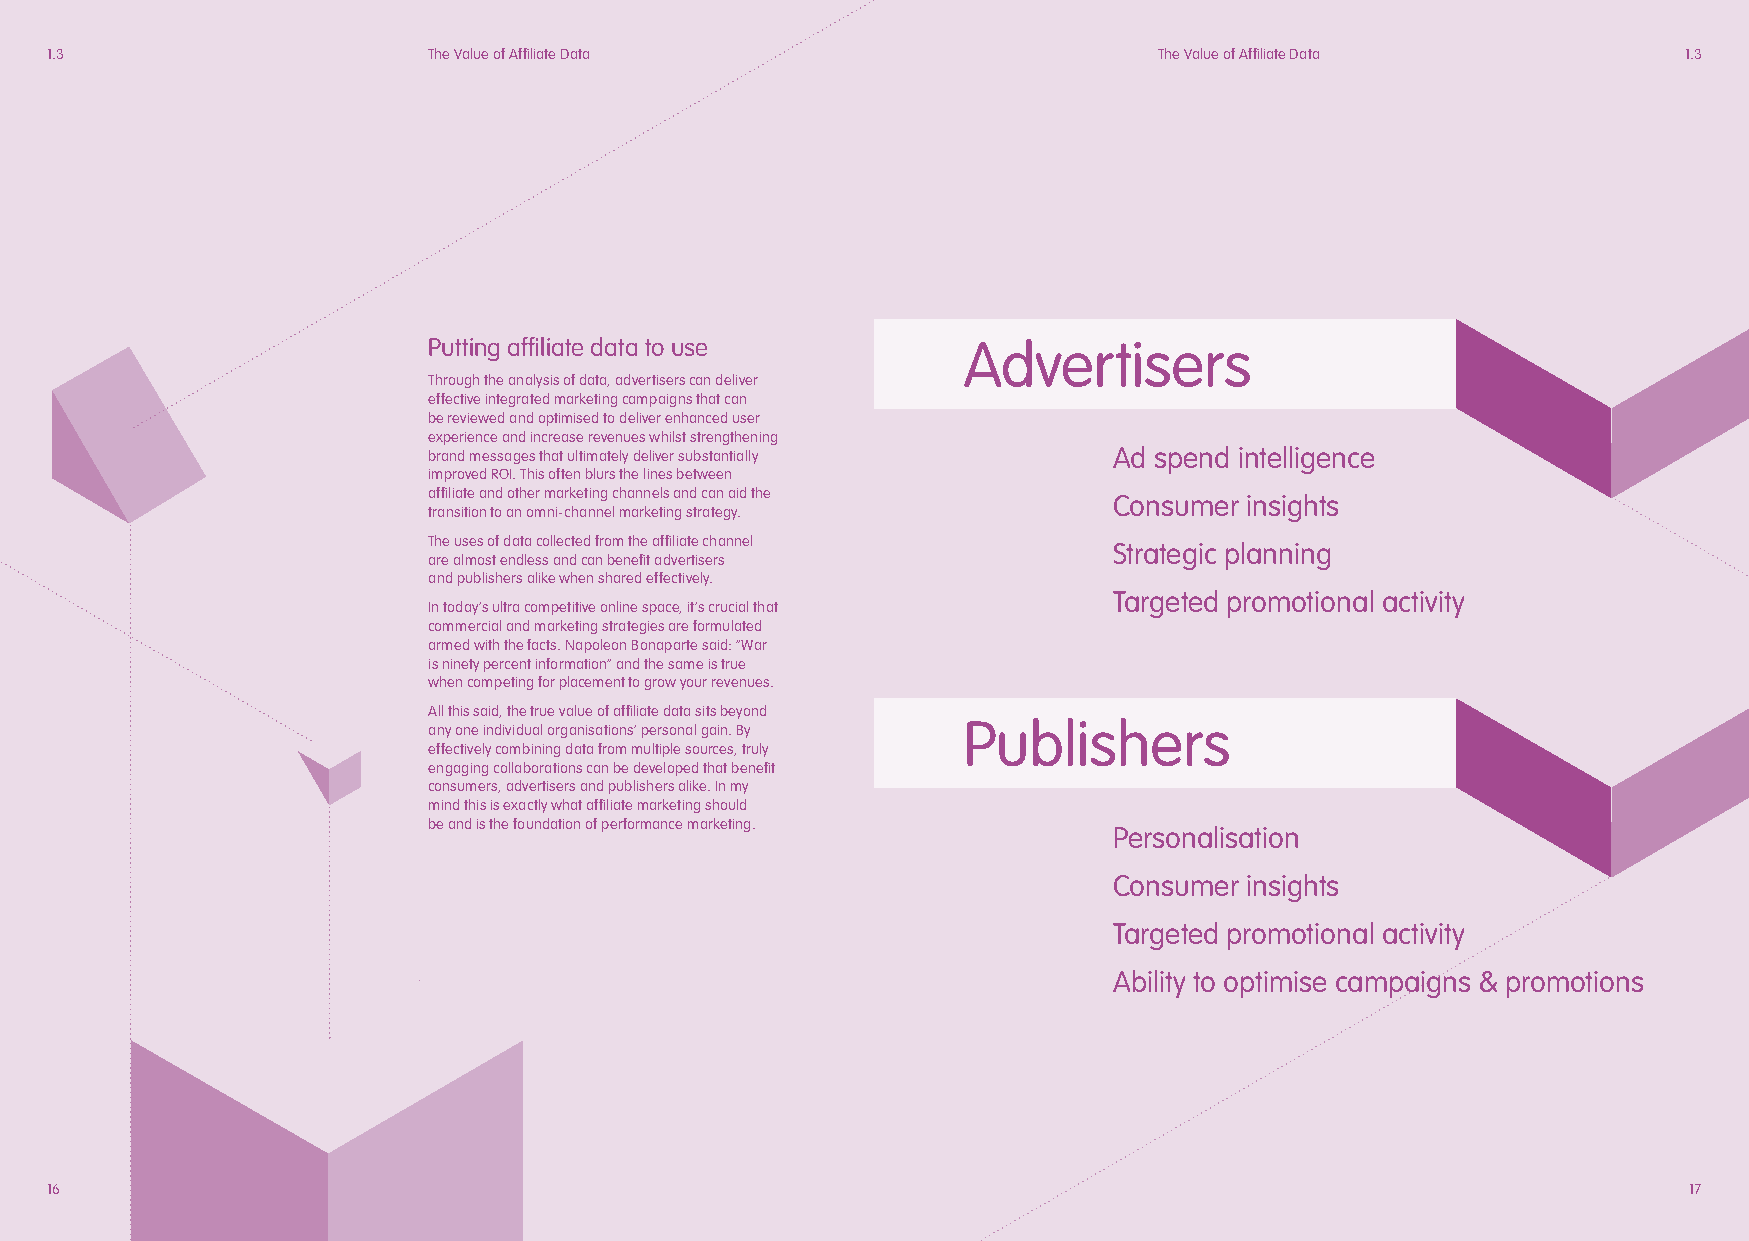
1.3                      The Value of Affiliate Data                      The Value of Affiliate Data        1.3
 Putting affiliate data to use       Advertisers
 Through the analysis of data, advertisers can deliver
 effective integrated marketing campaigns that can
 be reviewed and optimised to deliver enhanced user
 experience and increase revenues whilst strengthening
 brand messages that ultimately deliver substantially Ad spend intelligence
 improved ROI. This often blurs the lines between
 affiliate and other marketing channels and can aid the
 Consumer insights
 transition to an omni-channel marketing strategy.
 The uses of data collected from the affiliate channel
 Strategic planning
 are almost endless and can benefit advertisers
 and publishers alike when shared effectively.
 Targeted promotional activity
 In today’s ultra competitive online space, it’s crucial that
 commercial and marketing strategies are formulated
 armed with the facts. Napoleon Bonaparte said: “War
 is ninety percent information” and the same is true
 when competing for placement to grow your revenues.
 All this said, the true value of affiliate data sits beyond
 Publishers
 any one individual organisations’ personal gain. By
 effectively combining data from multiple sources, truly
 engaging collaborations can be developed that benefit
 consumers, advertisers and publishers alike. In my
 mind this is exactly what affiliate marketing should
 be and is the foundation of performance marketing.
 Personalisation
 Consumer insights
 Targeted promotional activity
 Ability to optimise campaigns & promotions
 16                                                                                                           17